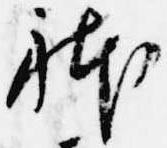
躰